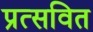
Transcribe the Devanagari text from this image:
प्रत्सवित